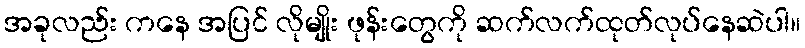
အခုလည်း ကနေ အပြင် လိုမျိုး ဖုန်းတွေကို ဆက်လက်ထုတ်လုပ်နေဆဲပါ။